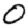
Digit: 0